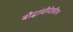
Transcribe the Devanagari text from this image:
बौद्धांचीदेखील